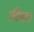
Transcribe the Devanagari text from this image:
रचियता